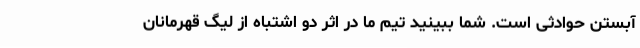
آبستن حوادثی است. شما ببینید تیم ما در اثر دو اشتباه از لیگ قهرمانان